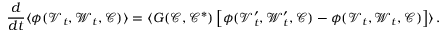
\frac { d } { d t } \langle \phi ( \mathcal { V } _ { t } , \mathcal { W } _ { t } , \mathcal { C } ) \rangle = \langle G ( \mathcal { C } , \mathcal { C } ^ { * } ) \left[ \phi ( \mathcal { V } _ { t } ^ { \prime } , \mathcal { W } _ { t } ^ { \prime } , \mathcal { C } ) - \phi ( \mathcal { V } _ { t } , \mathcal { W } _ { t } , \mathcal { C } ) \right] \rangle \, .